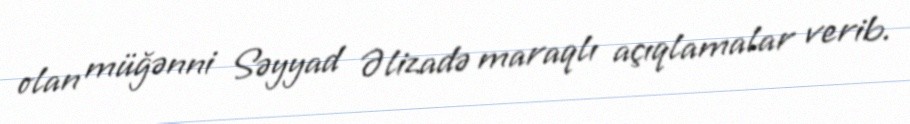
olan müğənni Səyyad Əlizadə maraqlı açıqlamalar verib.